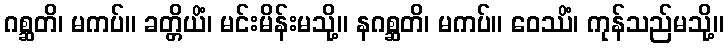
ဂစ္ဆတိ၊ မကပ်။ ခတ္တိယိံ၊ မင်းမိန်းမသို့။ နဂစ္ဆတိ၊ မကပ်။ ဝေဿိံ၊ ကုန်သည်မသို့။